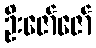
ဦးဇော်ဇော်